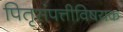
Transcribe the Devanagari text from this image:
पितृसंपत्तीविषयक